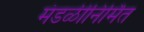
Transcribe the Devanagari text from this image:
मंडळीनिर्मित